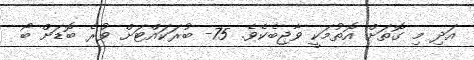
އަދި މި ގޮތަށް އޮތުމަކީ ވާޖިބެކެވެ. 75- ބުރަކައްޓަށް ވުރެ ބޮޑަށް ބޯ